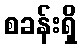
စခန်းရှိ